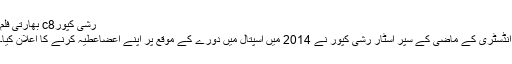
رشی کپورc8 بھارتی فلم
انڈسٹری کے ماضی کے سپر اسٹار رشی کپور نے 2014 میں اسپتال میں دورے کے موقع پر اپنے اعضاعطیہ کرنے کا اعلان کیا۔